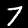
Digit: 7